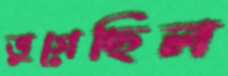
ভুগেছিল